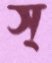
স্